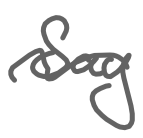
Text: Say
Cross-out: wave
Writing tool: digital_gray